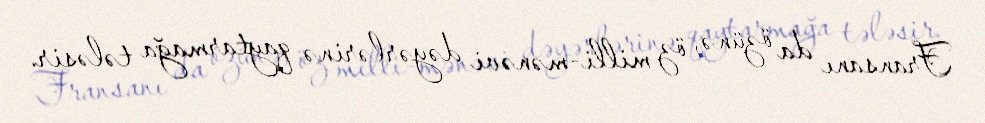
Fransanı da özünə, öz milli-mənəvi dəyərlərinə qaytarmağa tələsir.